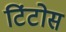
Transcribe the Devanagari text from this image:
टिंटोस